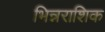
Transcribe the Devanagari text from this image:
भिन्नराशिक